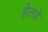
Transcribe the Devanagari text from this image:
हेतवे